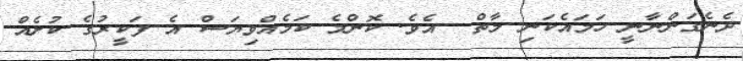
ދެނެގަންނާނީ ހަމައެކަނި މާތް  އެވެ. ކޮންމެ ކަމެއްވިޔަސް އެ ފަކީރުގެ ކުށެއް